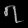
Digit: ၇